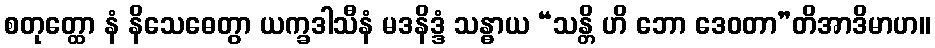
စတုတ္ထော နံ နိသေဓေတွာ ယက္ခဒါသီနံ မဒနိဒ္ဒံ သန္ဓာယ “သန္တိ ဟိ ဘော ဒေဝတာ”တိအာဒိမာဟ။